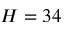
H = 3 4